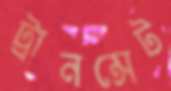
ট্রানন্সেট